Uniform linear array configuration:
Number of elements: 24
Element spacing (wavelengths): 0.5
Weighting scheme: uniform
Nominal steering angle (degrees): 0
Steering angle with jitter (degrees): -1.289
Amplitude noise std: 0.05
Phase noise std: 0.05

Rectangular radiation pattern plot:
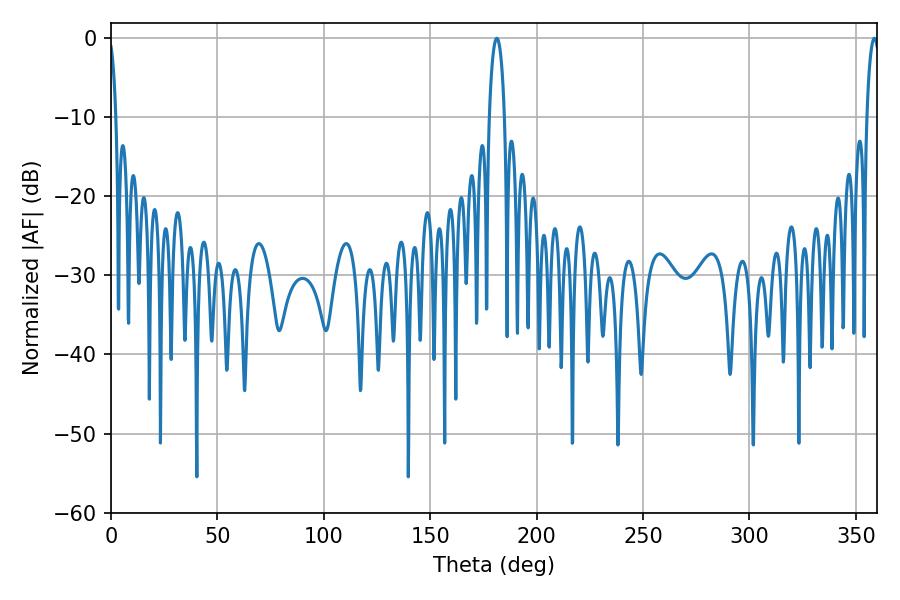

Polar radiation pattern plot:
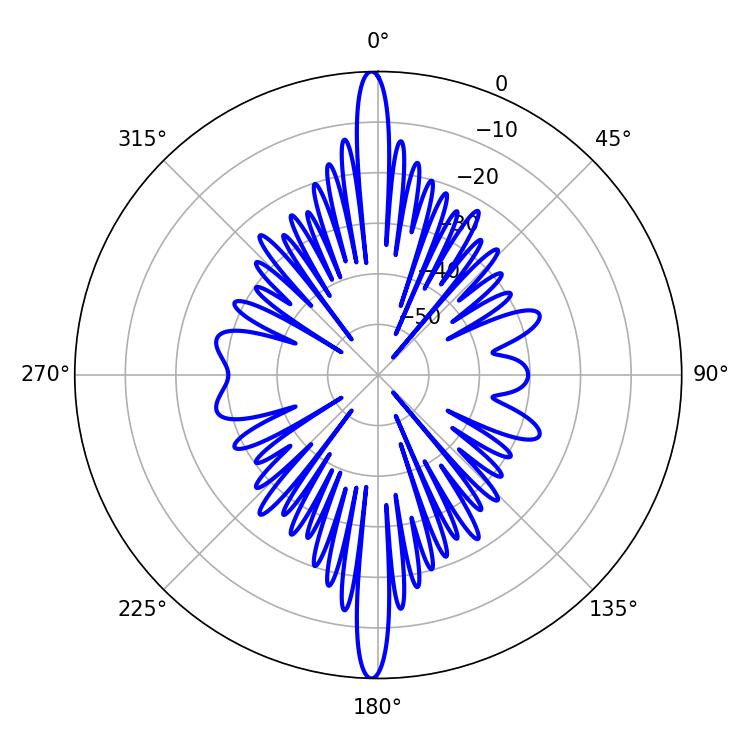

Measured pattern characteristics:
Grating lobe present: FALSE
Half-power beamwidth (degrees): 3.96
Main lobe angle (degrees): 181.26